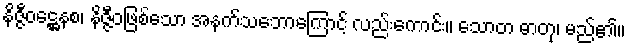
နိဇ္ဇီဝဋ္ဌေနစ၊ နိဇ္ဇီဝဖြစ်သော အနက်သဘောကြောင့် လည်းကောင်း။ သောတ ဓာတု၊ မည်၏။